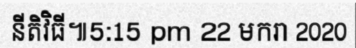
នីតិវិធី៕5:15 pm 22 មករា 2020